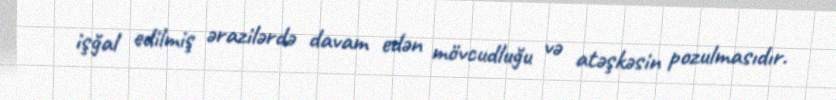
işğal edilmiş ərazilərdə davam edən mövcudluğu və atəşkəsin pozulmasıdır.